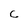
Character: c